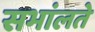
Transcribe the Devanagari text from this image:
सभांलते